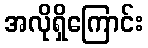
အလိုရှိကြောင်း